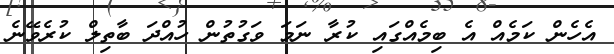
އެހެން ކަމެއް އެ ބިމެއްގައި ކުރާ ނަމަ ވަގުތުން ހުއްދަ ބާތިލް ކުރެވޭނެ